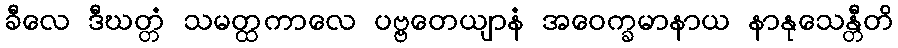
ခီလေ ဒီဃတ္တံ သမတ္ထကာလေ ပဗ္ဗတေယျာနံ အဝေက္ခမာနာယ နာနုသေန္တီတိ